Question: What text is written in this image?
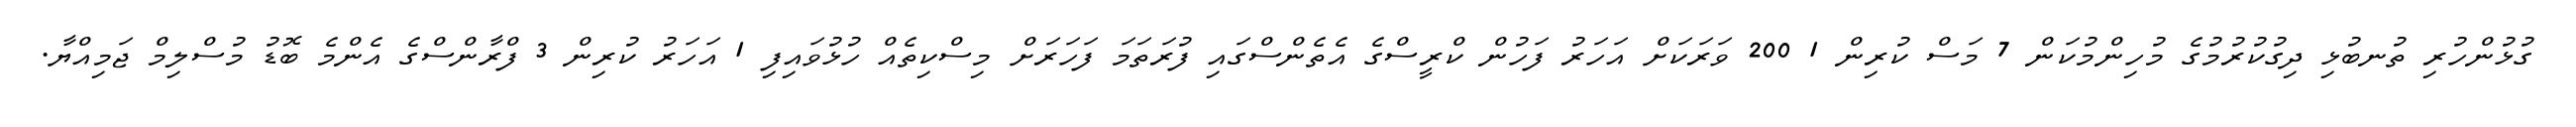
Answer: ގުޅުންހުރި ތުނބުޅި ދިގުކުރުމުގެ މުހިންމުކަން 7 މަސް ކުރިން 1 200 ވަރަކަށް އަހަރު ފަހުން ކްރީސްގެ އެތެންސްގައި ފުރަތަމަ ފަހަރަށް މިސްކިތެއް ހުޅުވައިފި 1 އަހަރު ކުރިން 3 ފްރާންސްގެ އެންމެ ބޮޑު މުސްލިމް ޖަމިއްޔާ.